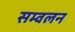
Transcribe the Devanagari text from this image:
सम्वलन